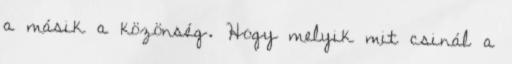
a másik a közönség. Hogy melyik mit csinál a